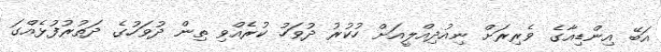
އަބޭ އިންޑިއާގެ ވެރިރަށް ނިއުދިއްލީއަށް ހުކުރު ދުވަހު ކުރެއްވި ތިން ދުވަހުގެ ދަތުރުފުޅެއްގަ